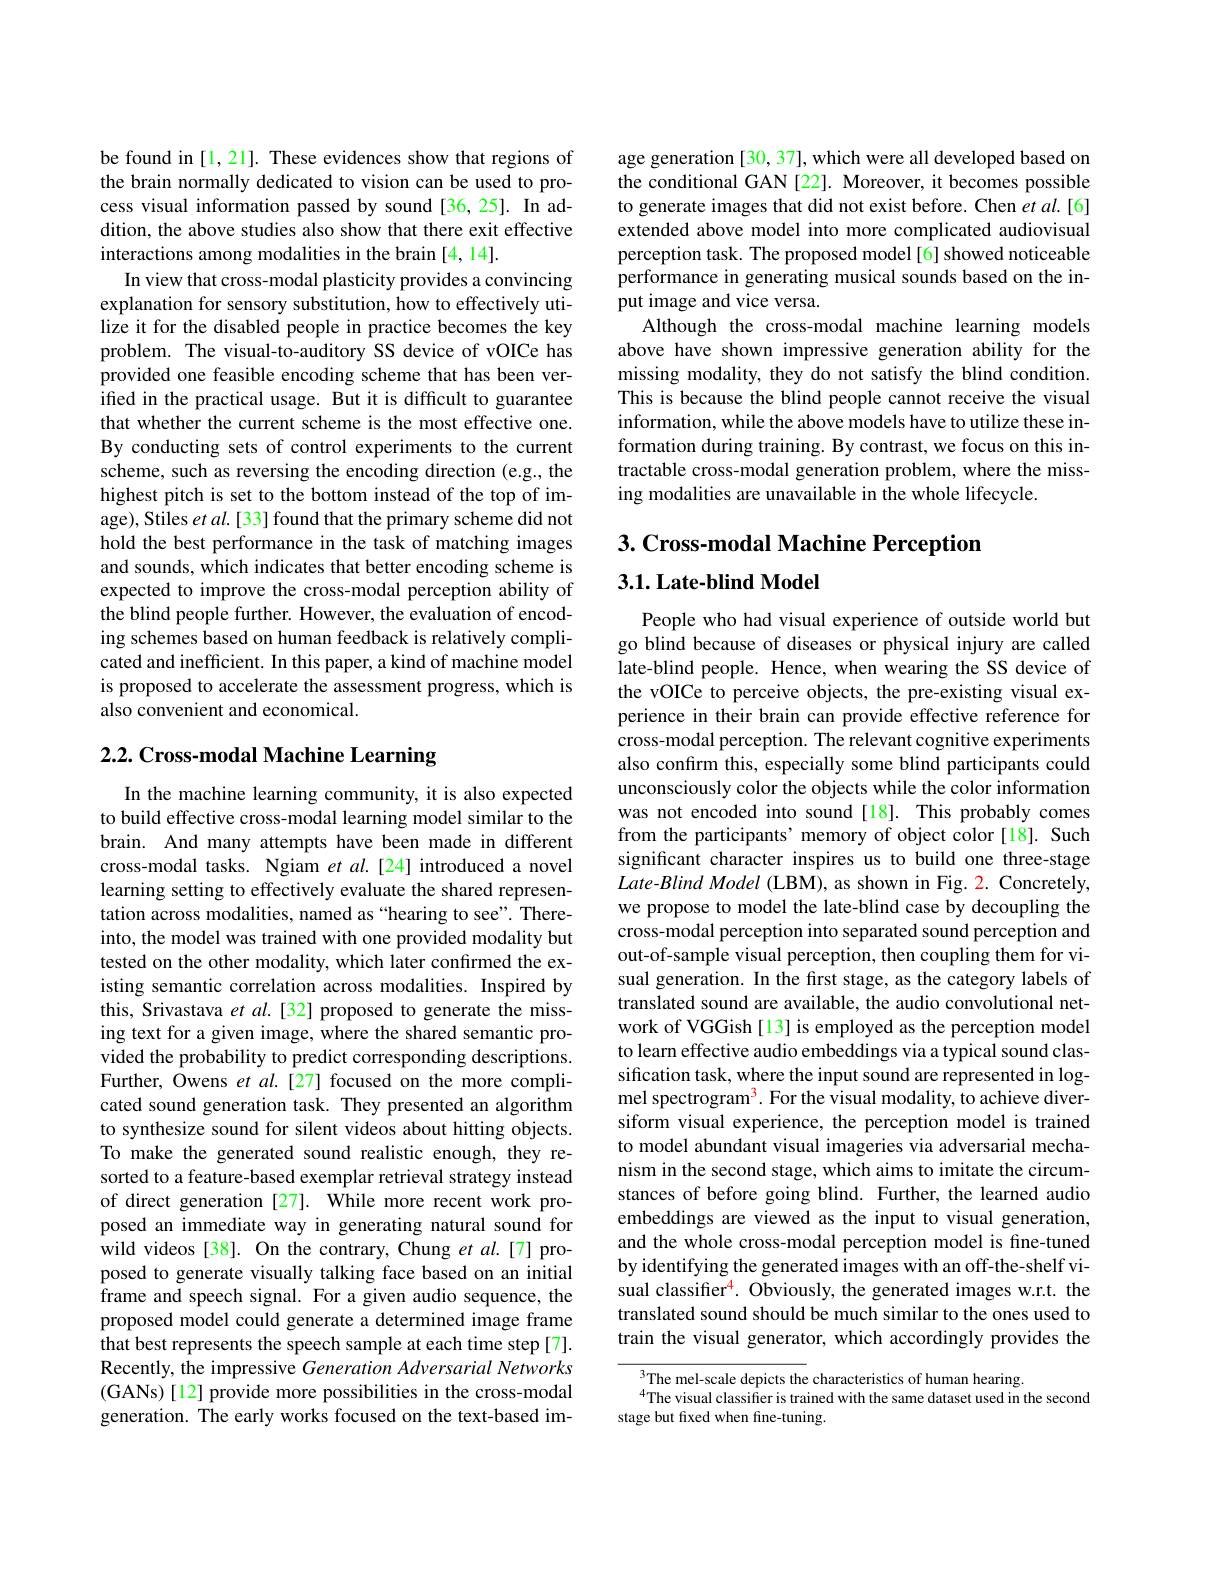
be found in [1,21]. These evidences show that regions of the brain normally dedicated to vision can be used to process visual information passed by sound[36,25]. In addition, the above studies also show that there exit effective interactions among modalities in the brain [4, 14].
In view that cross-modal plasticity provides a convincing explanation for sensory substitution, how to effectively utilize it for the disabled people in practice becomes the key problem. The visual-to-auditory SS device of vOICe has provided one feasible encoding scheme that has been verifed in the practical usage. But it is difficult to guarantee that whether the current scheme is the most effective one. By conducting sets of control experiments to the current scheme, such as reversing the encoding direction (e.g., the highest pitch is set to the bottom instead of the top of image), Stiles $etal.[33]$ found that the primary scheme did not hold the best performance in the task of matching images and sounds, which indicates that better encoding scheme is expected to improve the cross-modal perception ability of the blind people further. However, the evaluation of encoding schemes based on human feedback is relatively complicated and inefficient. In this paper, a kind of machine model is proposed to accelerate the assessment progress, which is also convenient and economical.

# 2.2. Cross-modal Machine Learning

In the machine learning community, it is also expected to build effective cross-modal learning model similar to the brain. And many attempts have been made in different cross-modal tasks. Ngiam $etal.[24]$ introduced a novel learning setting to effectively evaluate the shared representation across modalities, named as “hearing to see”. Thereinto, the model was trained with one provided modality but tested on the other modality, which later confirmed the existing semantic correlation across modalities. Inspired by this, Srivastava et $al.[32]$ proposed to generate the missing text for a given image, where the shared semantic provided the probability to predict corresponding descriptions. Further, Owens et al.[27] focused on the more complicated sound generation task. They presented an algorithm to synthesize sound for silent videos about hitting objects. To make the generated sound realistic enough, they resorted to a feature-based exemplar retrieval strategy instead of direct generation [27]. While more recent work proposed an immediate way in generating natural sound for wild videos [38]. On the contrary, Chung et al.[7] proposed to generate visually talking face based on an initial frame and speech signal. For a given audio sequence, the proposed model could generate a determined image frame that best represents the speech sample at each time step[7]. Recently, the impressive Generation Adversarial Networks (GANs) [12] provide more possibilities in the cross-modal generation. The early works focused on the text-based im-

age generation [30, 37], which were all developed based on the conditional GAN[22]. Moreover, it becomes possible to generate images that did not exist before. Chen et al.[6] extended above model into more complicated audiovisual perception task. The proposed model[6] showed noticeable performance in generating musical sounds based on the input image and vice versa.
Although the cross-modal machine learning models above have shown impressive generation ability for the missing modality, they do not satisfy the blind condition. This is because the blind people cannot receive the visual information, while the above models have to utilize these information during training. By contrast, we focus on this intractable cross-modal generation problem, where the missing modalities are unavailable in the whole lifecycle.

3. Cross-modal Machine Perception

$3. 1. \textbf{Late- blind Model}$

People who had visual experience of outside world but go blind because of diseases or physical injury are called late-blind people. Hence, when wearing the SS device of the vOICe to perceive objects, the pre-existing visual experience in their brain can provide effective reference for cross-modal perception. The relevant cognitive experiments also confırm this, especially some blind participants could unconsciously color the objects while the color information was not encoded into sound[18]. This probably comes from the participants’memory of object color [18]. Such significant character inspires us to build one three-stage $Late- Blind\textit{ Model ( LBM) , as shown in Fig. 2. Concretely, }$ we propose to model the late-blind case by decoupling the cross-modal perception into separated sound perception and out-of-sample visual perception, then coupling them for visual generation. In the first stage, as the category labels of translated sound are available, the audio convolutional network of VGGish[13] is employed as the perception model to learn effective audio embeddings via a typical sound classification task, where the input sound are represented in logmel spectrogram$^3.$ For the visual modality, to achieve diversiform visual experience, the perception model is trained to model abundant visual imageries via adversarial mechanism in the second stage, which aims to imitate the circumstances of before going blind. Further, the learned audio embeddings are viewed as the input to visual generation, and the whole cross-modal perception model is fine-tuned by identifying the generated images with an off-the-shelf visual classifier$^{4}.$ Obviously, the generated images w.r.t. the translated sound should be much similar to the ones used to train the visual generator, which accordingly provides the
The mel-scale depicts the characteristics of human hearing.

$^{4}$The visual classifier is trained with the same dataset used in the second
stage but fixed when fine-tuning.